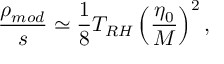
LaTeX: \frac { \rho _ { m o d } } { s } \simeq \frac { 1 } { 8 } T _ { R H } \left( \frac { \eta _ { 0 } } { M } \right) ^ { 2 } ,